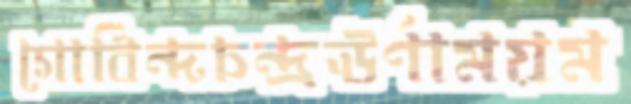
গোবিন্দচন্দ্রঊর্ণাময়ম